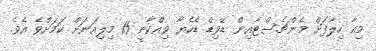
މިއާ ހިލާފަށް މެންޗެސްޓާއިން ޑޭވިޑް ޑެހެޔާ ވިއްކާނީ 15 މިލިއަނަށް ކަމަށްވެ އެވެ.